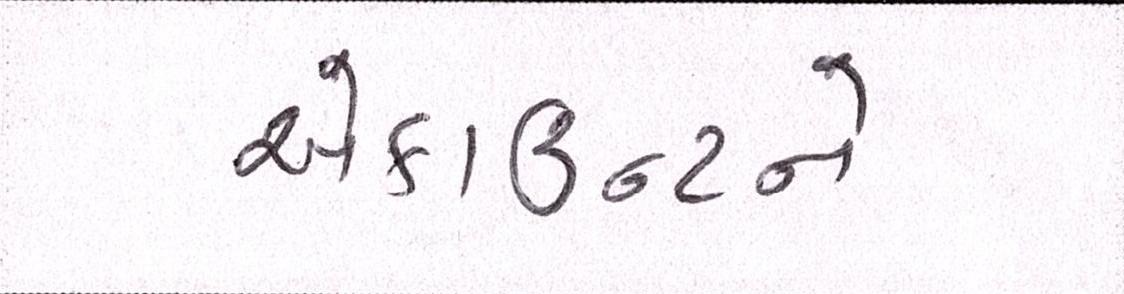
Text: એકાઉન્ટને